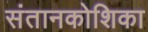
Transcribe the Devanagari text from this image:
संतानकोशिका